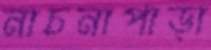
নাচনাপাড়া